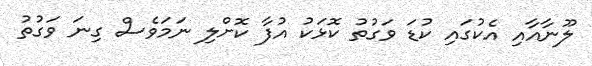
ލޫނާއާއި އެކުގައި ކުޑަ ވަގުތު ކޮޅަކު އުފާ ކޮށްލި ނަމަވެސް ގިނަ ވަގުތު